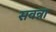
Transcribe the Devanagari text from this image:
सवन्ना